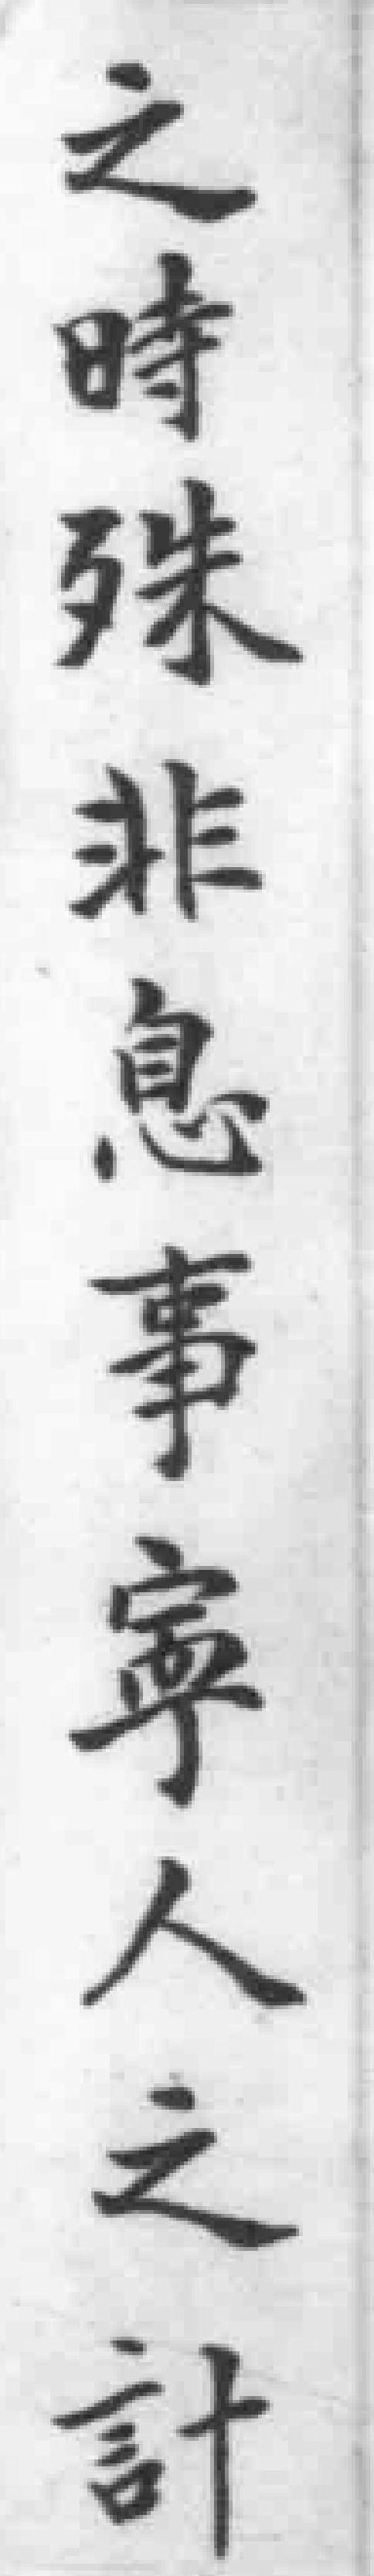
之時殊非息事寧人之計